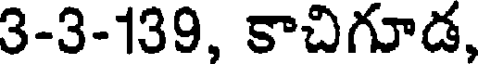
3-3-139, కాచిగూడ,